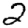
Digit: 2